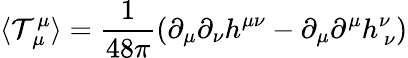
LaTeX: \langle\mathcal{T}_{\ \mu}^{\mu}\rangle=\frac{{1}}{{48\pi}}\left(\partial_{\mu}\partial_{\nu}h^{\mu\nu}-\partial_{\mu}\partial^{\mu}h_{\ \nu}^{\nu}\right)